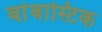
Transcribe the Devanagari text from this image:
बांबास्टिक